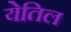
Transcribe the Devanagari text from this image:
येतिल